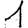
Digit: 1